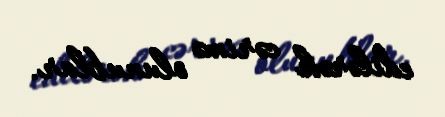
edilərək cərimə olunublar.